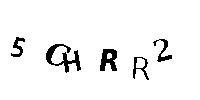
5CHRR2